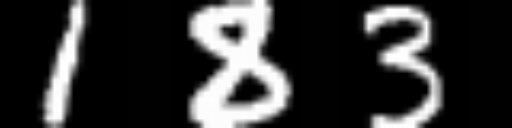
Text: 183